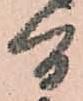
間